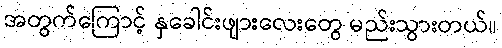
အတွက်ကြောင့် နှခေါင်းဖျားလေးတွေ မည်းသွားတယ်။